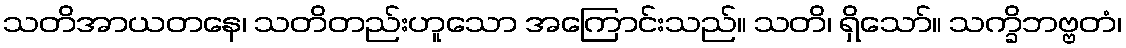
သတိအာယတနေ၊ သတိတည်းဟူသော အကြောင်းသည်။ သတိ၊ ရှိသော်။ သက္ခိဘဗ္ဗတံ၊